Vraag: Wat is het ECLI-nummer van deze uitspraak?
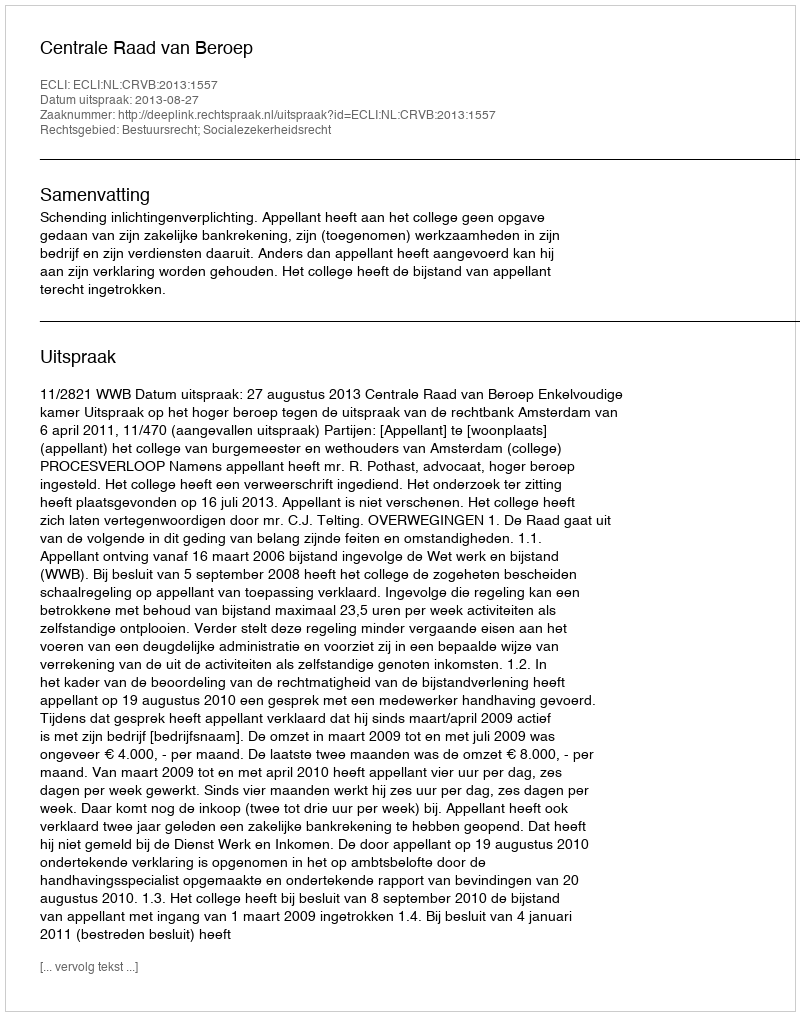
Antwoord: ECLI:NL:CRVB:2013:1557